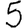
Digit: 5